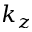
k _ { z }